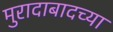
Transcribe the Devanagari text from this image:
मुरादाबादच्या